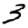
Digit: 3